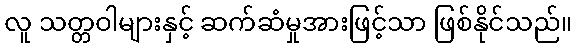
လူ သတ္တဝါများနှင့် ဆက်ဆံမှုအားဖြင့်သာ ဖြစ်နိုင်သည်။